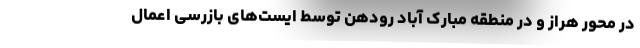
در محور هراز و در منطقه مبارک آباد رودهن توسط ایست‌های بازرسی اعمال